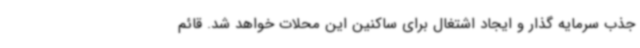
جذب سرمایه گذار و ایجاد اشتغال برای ساکنین این محلات خواهد شد. قائم